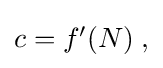
{\textstyle c=f^{\prime }(N)\;,}